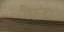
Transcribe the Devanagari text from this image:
हिरूटा